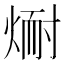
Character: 𪹅